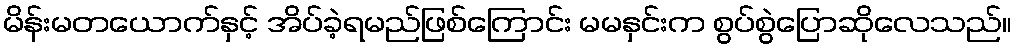
မိန်းမတယောက်နှင့် အိပ်ခဲ့ရမည်ဖြစ်ကြောင်း မမနှင်းက စွပ်စွဲပြောဆိုလေသည်။